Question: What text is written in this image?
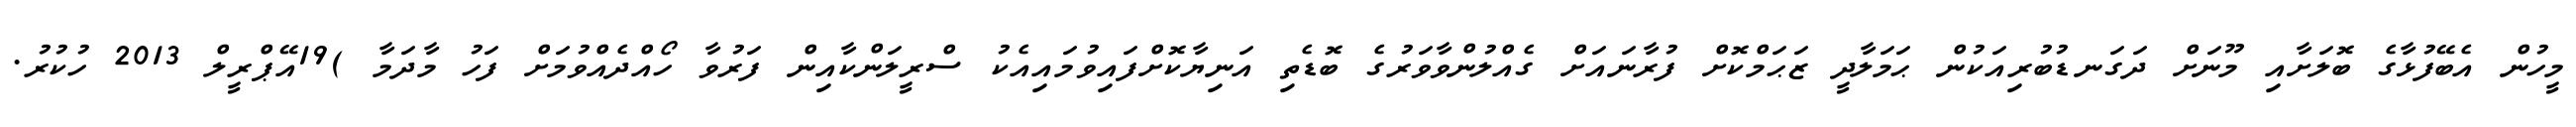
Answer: މީހުން އެބޭފުޅާގެ ބޮލަށާއި މޫނަށް ދަގަނޑުބުރިއަކުން ޙަމަލާދީ ޒަޙަމްކޮށް ފުރާނައަށް ގެއްލުންވާވަރުގެ ބޮޑެތި އަނިޔާކޮށްފައިވުމައިއެކު ސްރީލަންކާއިން ފަރުވާ ހޯއްދެއްވުމަށް ފަހު މާދަމާ )19އޭޕްރީލް 2013 ހުކުރު.